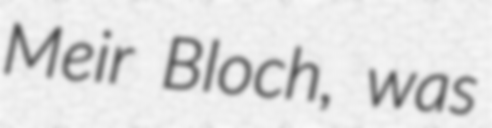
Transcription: Meir Bloch, was